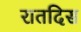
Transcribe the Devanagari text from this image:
रातदिस